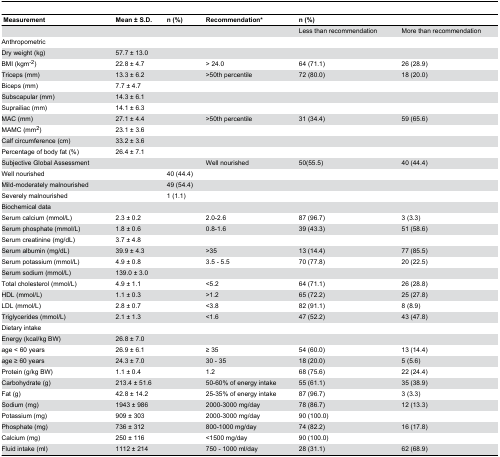
<table><thead><tr><td><b> Measurement</b></td><td><b>Mean ± S.D.</b></td><td><b>n (%)</b></td><td><b>Recommendation*</b></td><td colspan="2"><b>n (%)</b></td></tr></thead><tbody><tr><td></td><td></td><td></td><td></td><td>Less than recommendation</td><td>More than recommendation</td></tr><tr><td>Anthropometric</td><td></td><td></td><td></td><td></td><td></td></tr><tr><td>Dry weight (kg)</td><td>57.7 ± 13.0</td><td></td><td></td><td></td><td></td></tr><tr><td>BMI (kgm<sup>-2</sup>)</td><td>22.8 ± 4.7</td><td></td><td>&gt; 24.0</td><td>64 (71.1)</td><td>26 (28.9)</td></tr><tr><td>Triceps (mm)</td><td>13.3 ± 6.2</td><td></td><td>&gt;50th percentile</td><td>72 (80.0)</td><td>18 (20.0)</td></tr><tr><td>Biceps (mm)</td><td>7.7 ± 4.7</td><td></td><td></td><td></td><td></td></tr><tr><td>Subscapular (mm)</td><td>14.3 ± 6.1</td><td></td><td></td><td></td><td></td></tr><tr><td>Suprailiac (mm)</td><td>14.1 ± 6.3</td><td></td><td></td><td></td><td></td></tr><tr><td>MAC (mm)</td><td>27.1 ± 4.4</td><td></td><td>&gt;50th percentile</td><td>31 (34.4)</td><td>59 (65.6)</td></tr><tr><td>MAMC (mm<sup>2</sup>)</td><td>23.1 ± 3.6</td><td></td><td></td><td></td><td></td></tr><tr><td>Calf circumference (cm)</td><td>33.2 ± 3.6</td><td></td><td></td><td></td><td></td></tr><tr><td>Percentage of body fat (%)</td><td>26.4 ± 7.1</td><td></td><td></td><td></td><td></td></tr><tr><td>Subjective Global Assessment</td><td></td><td></td><td>Well nourished</td><td>50(55.5)</td><td>40 (44.4)</td></tr><tr><td>Well nourished</td><td></td><td>40 (44.4)</td><td></td><td></td><td></td></tr><tr><td>Mild-moderately malnourished</td><td></td><td>49 (54.4)</td><td></td><td></td><td></td></tr><tr><td>Severely malnourished</td><td></td><td>1 (1.1)</td><td></td><td></td><td></td></tr><tr><td>Biochemical data</td><td></td><td></td><td></td><td></td><td></td></tr><tr><td>Serum calcium (mmol/L) </td><td>2.3 ± 0.2</td><td></td><td>2.0-2.6</td><td>87 (96.7)</td><td>3 (3.3)</td></tr><tr><td>Serum phosphate (mmol/L)</td><td>1.8 ± 0.6</td><td></td><td>0.8-1.6</td><td>39 (43.3)</td><td>51 (58.6)</td></tr><tr><td>Serum creatinine (mg/dL)</td><td>3.7 ± 4.8</td><td></td><td></td><td></td><td></td></tr><tr><td>Serum albumin (mg/dL)</td><td>39.9 ± 4.3</td><td></td><td>&gt;35</td><td>13 (14.4)</td><td>77 (85.5)</td></tr><tr><td>Serum potassium (mmol/L)</td><td>4.9 ± 0.8</td><td></td><td>3.5 - 5.5</td><td>70 (77.8)</td><td>20 (22.5)</td></tr><tr><td>Serum sodium (mmol/L)</td><td>139.0 ± 3.0</td><td></td><td></td><td></td><td></td></tr><tr><td>Total cholesterol (mmol/L)</td><td>4.9 ± 1.1</td><td></td><td>&lt;5.2</td><td>64 (71.1)</td><td>26 (28.8)</td></tr><tr><td>HDL (mmol/L)</td><td>1.1 ± 0.3</td><td></td><td>&gt;1.2</td><td>65 (72.2)</td><td>25 (27.8)</td></tr><tr><td>LDL (mmol/L)</td><td>2.8 ± 0.7</td><td></td><td>&lt;3.8</td><td>82 (91.1)</td><td>8 (8.9)</td></tr><tr><td>Triglycerides (mmol/L)</td><td>2.1 ± 1.3</td><td></td><td>&lt;1.6</td><td>47 (52.2)</td><td>43 (47.8)</td></tr><tr><td>Dietary intake</td><td></td><td></td><td></td><td></td><td></td></tr><tr><td>Energy (kcal/kg BW)</td><td>26.8 ± 7.0</td><td></td><td></td><td></td><td></td></tr><tr><td>age &lt; 60 years</td><td>26.9 ± 6.1</td><td></td><td>≥ 35</td><td>54 (60.0)</td><td>13 (14.4)</td></tr><tr><td>age ≥ 60 years</td><td>24.3 ± 7.0</td><td></td><td>30 - 35</td><td>18 (20.0)</td><td>5 (5.6)</td></tr><tr><td>Protein (g/kg BW)</td><td>1.1 ± 0.4</td><td></td><td>1.2</td><td>68 (75.6)</td><td>22 (24.4)</td></tr><tr><td> Carbohydrate (g)</td><td>213.4 ± 51.6</td><td></td><td>50-60% of energy intake</td><td>55 (61.1)</td><td>35 (38.9)</td></tr><tr><td>Fat (g)</td><td>42.8 ± 14.2</td><td></td><td>25-35% of energy intake</td><td>87 (96.7)</td><td>3 (3.3)</td></tr><tr><td>Sodium (mg)</td><td>1943 ± 986</td><td></td><td>2000-3000 mg/day</td><td>78 (86.7)</td><td>12 (13.3)</td></tr><tr><td>Potassium (mg)</td><td>909 ± 303</td><td></td><td>2000-3000 mg/day</td><td>90 (100.0)</td><td></td></tr><tr><td>Phosphate (mg)</td><td>736 ± 312</td><td></td><td>800-1000 mg/day</td><td>74 (82.2)</td><td>16 (17.8)</td></tr><tr><td>Calcium (mg)</td><td>250 ± 116</td><td></td><td>&lt;1500 mg/day</td><td>90 (100.0)</td><td></td></tr><tr><td>Fluid intake (ml)</td><td>1112 ± 214</td><td></td><td>750 - 1000 ml/day</td><td>28 (31.1)</td><td>62 (68.9)</td></tr></tbody></table>